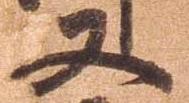
又